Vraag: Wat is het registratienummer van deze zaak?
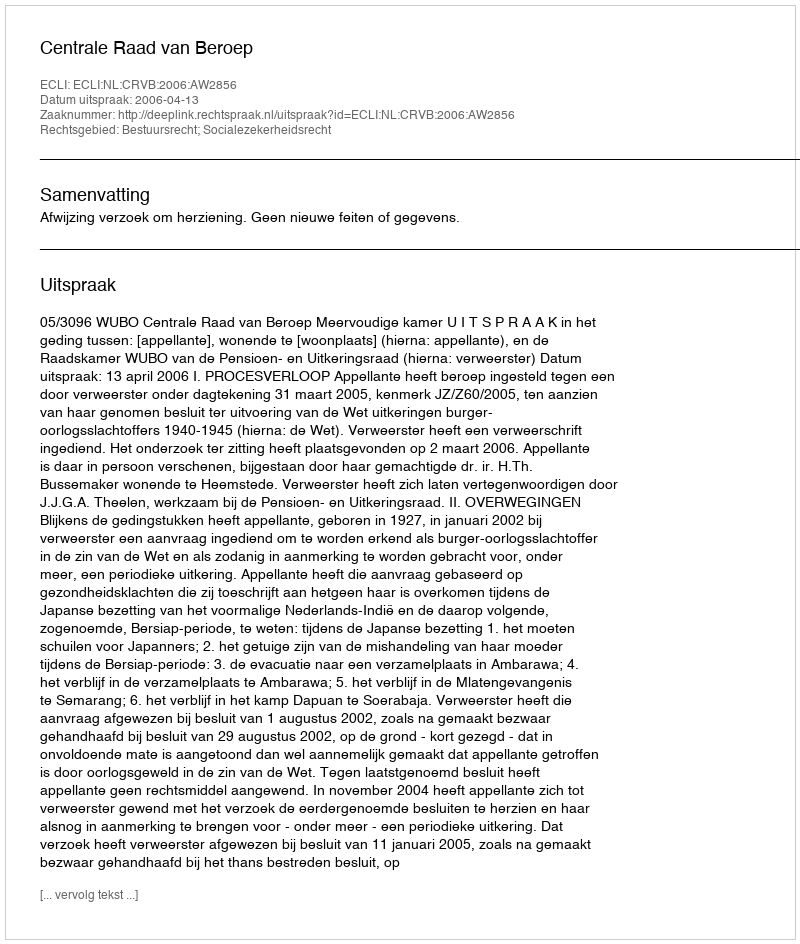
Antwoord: http://deeplink.rechtspraak.nl/uitspraak?id=ECLI:NL:CRVB:2006:AW2856